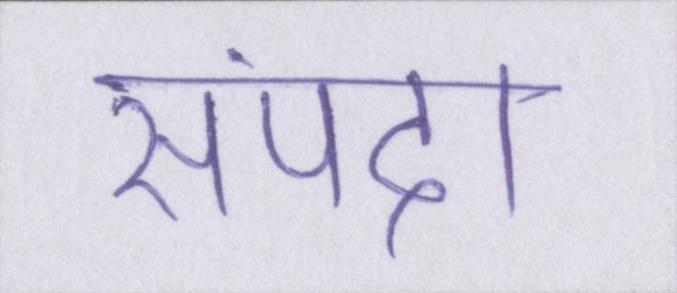
संपदा